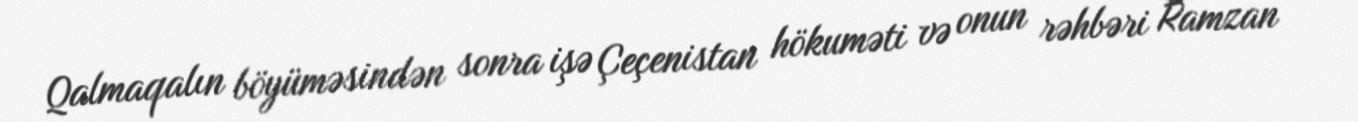
Qalmaqalın böyüməsindən sonra işə Çeçenistan hökuməti və onun rəhbəri Ramzan